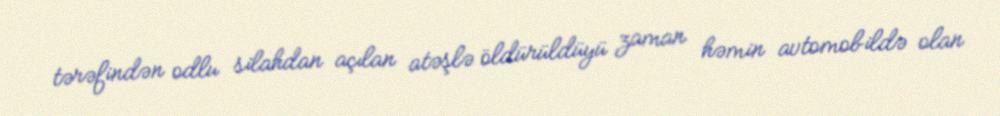
tərəfindən odlu silahdan açılan atəşlə öldürüldüyü zaman həmin avtomobildə olan